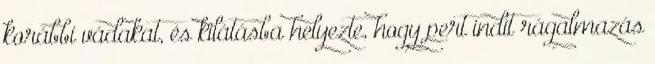
korábbi vádakat, és kilátásba helyezte, hogy pert indít rágalmazás